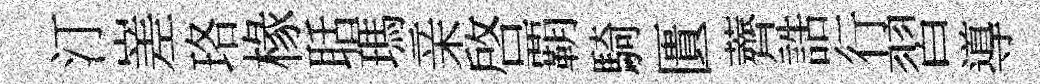
汀嵳珞椽聒瑪亲啓覇騎匱薺誥行習導